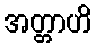
အတ္တာဟိ